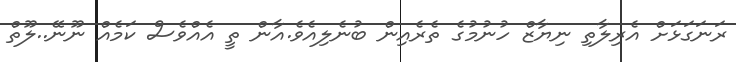
ރަނަގަޅަށް އެރިލާތި ނިޔާޒް ހުނުމުގެ ތެރެއިން ބުނެލިއެވެ.އާން ތީ އެއްވެސް ކަމެއް ނޫނޭ..ލޫތް